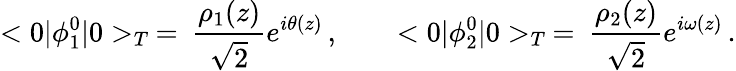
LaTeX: <0|\phi_{1}^{0}|0>_{T}\: =\: \frac{\rho_{1}(z)}{\sqrt 2}e^{i\theta(z)}\, ,\qquad<0|\phi_{2}^{0}|0>_{T}\: =\: \frac{\rho_{2}(z)}{\sqrt 2}e^{i\omega(z)}\, .